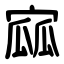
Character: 寙